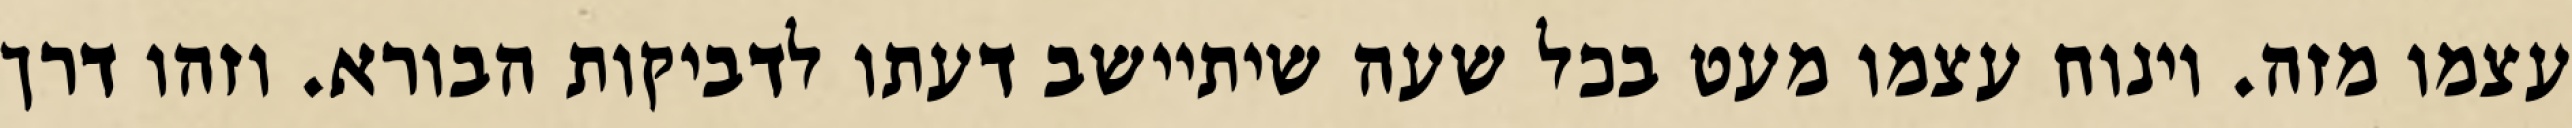
עצמו מזה. וינוח עצמו מעט בכל שעה שיתיישב דעתו לדביקות הבורא. וזהו דרך